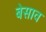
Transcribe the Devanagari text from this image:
बेसाव